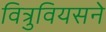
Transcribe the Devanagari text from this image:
वित्रुवियसने